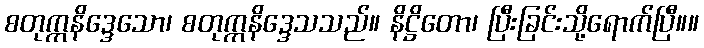
စတုက္ကနိဒ္ဒေသော၊ စတုက္ကနိဒ္ဒေသသည်။ နိဋ္ဌိတော၊ ပြီးခြင်းသို့ရောက်ပြီ။။